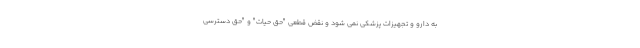
به دارو و تجهیزات پزشکی نمی شود و نقض قطعی "حق حیات" و "حق دسترسی